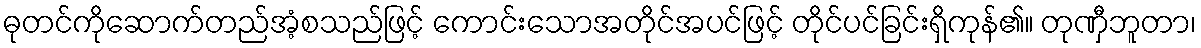
ဓုတင်ကိုဆောက်တည်အံ့စသည်ဖြင့် ကောင်းသောအတိုင်အပင်ဖြင့် တိုင်ပင်ခြင်းရှိကုန်၏။ တုဏှီဘူတာ၊